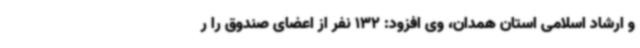
و ارشاد اسلامی استان همدان، وی افزود: 132 نفر از اعضای صندوق را ر